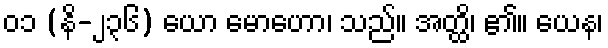
၀၁ (နိ-၂၃၆) ယော မောဟော၊ သည်။ အတ္ထိ၊ ၏။ ယေန၊